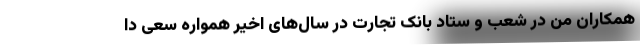
همکاران من در شعب و ستاد بانک تجارت در سال‌های اخیر همواره سعی دا